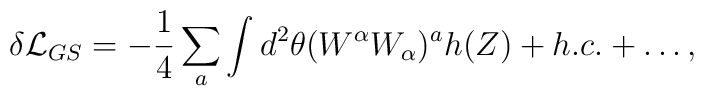
\delta{\cal L}_{GS}=-\frac{1}{4}\sum_a\int d^2\theta (W^{\alpha}W_{\alpha})^ah(Z)+h.c.+\dots,